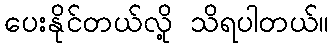
ပေးနိုင်တယ်လို့ သိရပါတယ်။